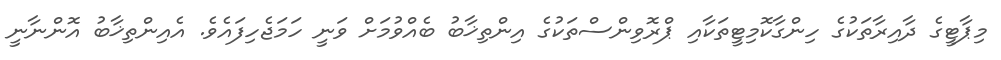
މިޕާޓީގެ ދާއިރާތަކުގެ ހިންގާކޮމިޓީތަކާއި ޕްރޮވިންސްތަކުގެ އިންތިޚާބު ބެއްވުމަށް ވަނީ ހަމަޖެހިފައެވެ. އެއިންތިޚާބު އޮންނާނީ